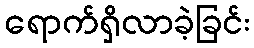
ရောက်ရှိလာခဲ့ခြင်း